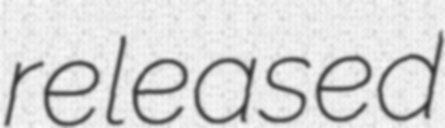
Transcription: released